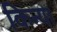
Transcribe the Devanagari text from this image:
किन्या